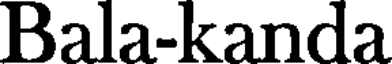
Bala-kanda